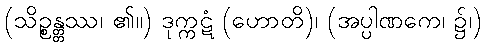
(သိဉ္စန္တ္တဿ၊ ၏။) ဒုက္ကဋံ (ဟောတိ)၊ (အပ္ပါဏကေ၊ ၌၊)